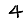
Digit: 4